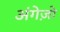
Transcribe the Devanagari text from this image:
अंगेज़ो